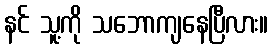
နင် သူ့ကို သဘောကျနေပြီလား။